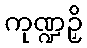
ကုဏ္ဍဉှိ